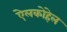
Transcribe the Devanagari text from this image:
ऐलकोहेल